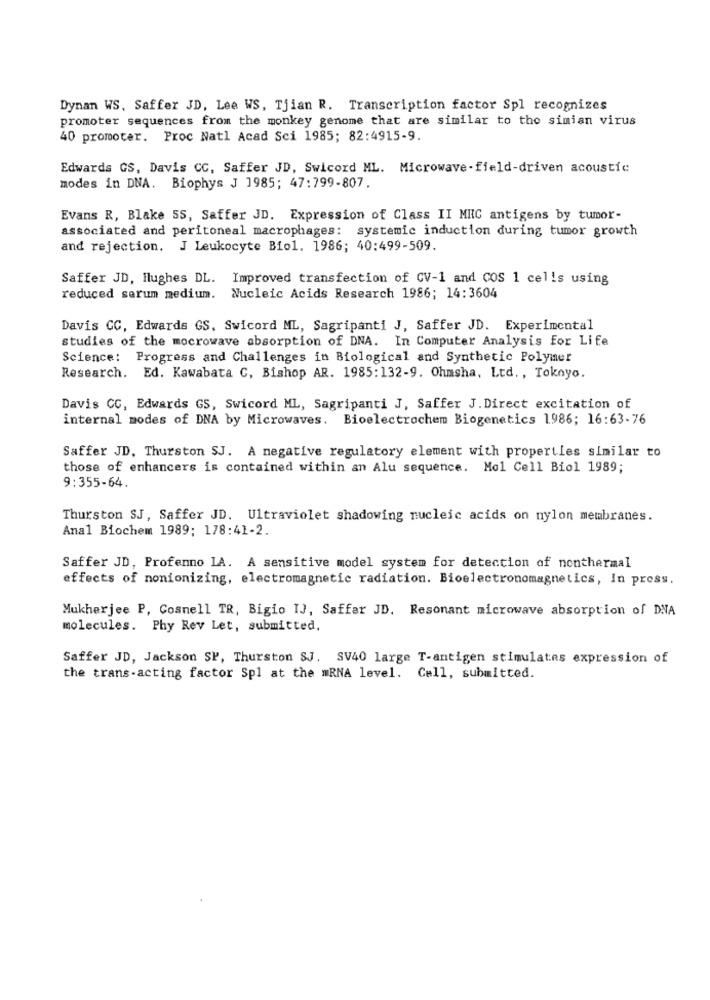
Dynan WS, Saffer JD, Lee WS, Tjian R. Transcription factor Spl recognizes
promoter sequences from the monkey genome that are similar to the simian virus
40 promoter. Proc Natl Acad Sci 1985; 82:4915-9.
Edwards GS, Davis CC, Saffer JD, Swicord ML. Microwave - field-driven acoustic
modes in DNA. Biophys J 1985; 47:799-807.
Evans R, Blake SS, Saffer JD. Expression of Class II MRC antigens by tumor-
associated and peritoneal macrophages: systemic induction during tumor growth
and rejection. J Leukocyte Bio1. 1986; 40:499-509.
Saffer JD, Hughes DL. Improved transfection of CV-1 and COS 1 cells using
reduced serum medium. Nucleic Acids Research 1986; 14:3604
Davis CC, Edwards GS, Swicord ML, Sagripanti J, Saffer JD. Experimental
studies of the mocrowave absorption of DNA. In Computer Analysis for Life
Science: Progress and Challenges in Biological and Synthetic Polymer
Research. Ed. Kawabata C, Bishop AR. 1985:132-9. Ohmsha, Ltd ., Toknyo.
Davis CC, Edwards GS, Swicord ML, Sagripanti J, Saffer J. Direct excitation of
internal modes of DNA by Microwaves. Bioelectrochem Biogenetics 1986; 16:63-76
Saffer JD. Thurston SJ. A negative regulatory element with properties similar to
those of enhancers is contained within an Alu sequence. Mol Cell Biol 1989;
9:355-64.
Thurston SJ, Saffer JD. Ultraviolet shadowing nucleic acids on nylon membranes.
Anal Biochem 1989; 178:41-2.
Saffer JD, Profenno LA. A sensitive model system for detection of nonthermal
effects of nonionizing, electromagnetic radiation. Bioelectronomagnetics, In press.
Mukherjee P, Cosnell TR, Bigio IJ, Saffar JD. Resonant microwave absorption of DNA
molecules. Phy Rev Let, submitted.
Saffer JD, Jackson SP, Thurston SJ. SV40 large T-antigen stimulates expression of
the trans-acting factor Spl at the "RNA level. Call, submitted.